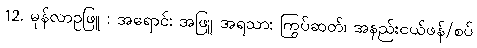
12. မုန်လာဥဖြူ : အရောင်: အဖြူ အရသာ: ကြွပ်ဆတ်၊ အနည်းငယ်ဖန်/စပ်